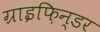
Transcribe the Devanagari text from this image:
ग्राइफ़िन्डर